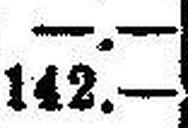
142.—